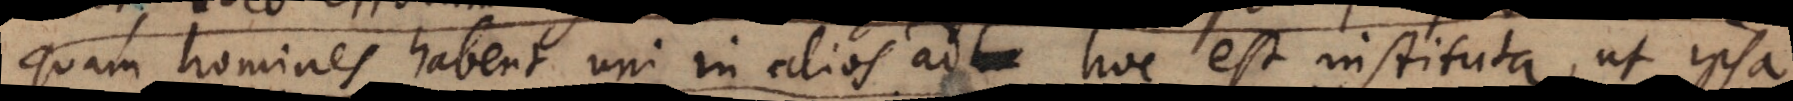
quam homines habent uni in alios ad hoc est instituta, ut ipsa